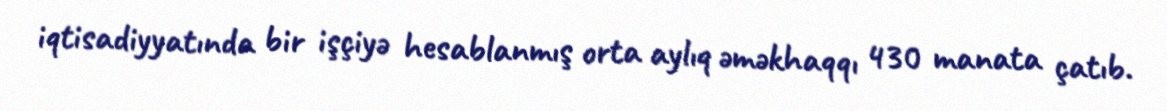
iqtisadiyyatında bir işçiyə hesablanmış orta aylıq əməkhaqqı 430 manata çatıb.